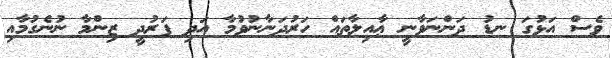
ވެސް އަޅުގަ ނޑު ދަންނަވާނީ ޢާއިލާތައް ހަރުދަނާނުވުމާ އަދި ފަރުދީ ޒިންމާ ނުނެގުމާއި